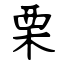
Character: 栗